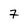
Character: 7